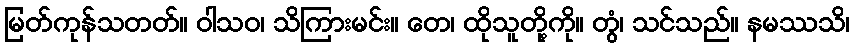
မြတ်ကုန်သတတ်။ ဝါသဝ၊ သိကြားမင်း။ တေ၊ ထိုသူတို့ကို။ တွံ၊ သင်သည်။ နမဿသိ၊